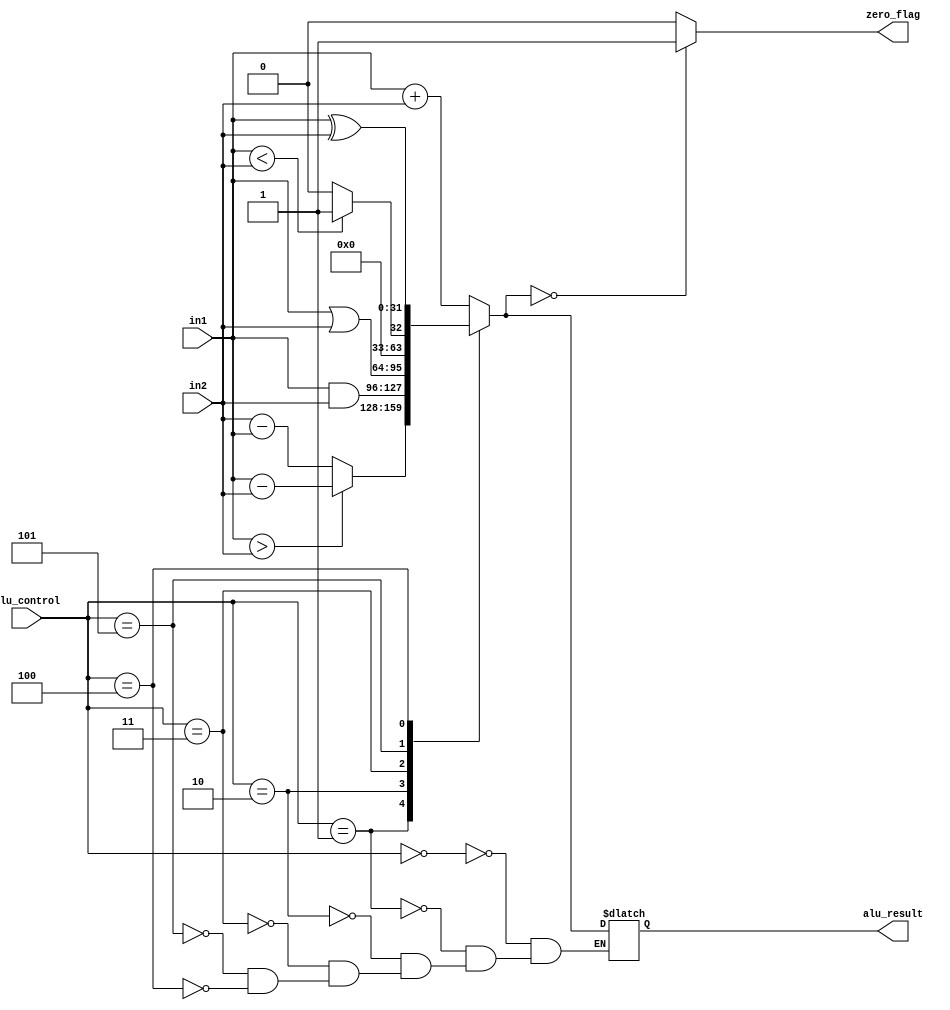
/*
ALU module, which takes two operands of size 32-bits each and a 4-bit ALU_control as input.
Operation is performed on the basis of ALU_control value and output is 32-bit ALU_result. 
If the ALU_result is zero, a ZERO FLAG is set.
*/

/*
ALU Control lines | Function
-----------------------------
        0000    Bitwise-AND
        0001    Bitwise-OR
        0010	Add (A+B)
        0100	Subtract (A-B)
        1000	Set on less than
        0011    Shift left logical
        0101    Shift right logical
        0110    Multiply
        0111    Bitwise-XOR
*/

module ALU (
    input [31:0] in1,in2, 
  input[2:0] alu_control,
    output reg [31:0] alu_result,
    output reg zero_flag
);
    always @(*)
    begin
        // Operating based on control input
        case(alu_control)

       
        3'b000: alu_result = in1+in2;
        3'b001:begin
          if(in1>in2)
          alu_result = in1-in2;
          else
             alu_result = in2-in1;
          end
        3'b010: alu_result = in1&in2;
        3'b011: alu_result = in1|in2;
        3'b101: begin 
            if(in1<in2)
            alu_result = 1;
            else
            alu_result = 0;
        end

          3'b100: alu_result = in1^in2;
          
        endcase

        // Setting Zero_flag if ALU_result is zero
        if (alu_result == 0)
            zero_flag = 1'b1;
        else
            zero_flag = 1'b0;
        
    end
endmodule